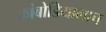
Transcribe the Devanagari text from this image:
कांबोडियालाच